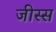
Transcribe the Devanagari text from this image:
जीस्स